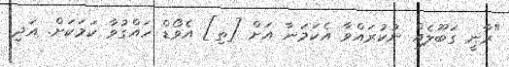
"ރާނީ ގަބޫލެއް ނުކުރައްވާ އެކަމަނާ އަށް [ތި] އެވޯޑް ހައްގުވާ ކަމަކަށް. އަދި